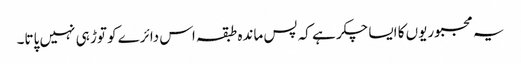
یہ مجبوریوں کا ایسا چکر ہے کہ پس ماندہ طبقہ اس دائرے کو توڑ ہی نہیں پاتا۔